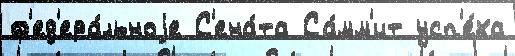
ф'ед'ера́льноjе С'ена́та Са́мм'ит усп'е́ха